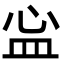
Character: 𬐘